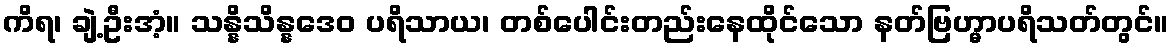
ကိရ၊ ချဲ့ဦးအံ့။ သန္နိသိန္နဒေဝ ပရိသာယ၊ တစ်ပေါင်းတည်းနေထိုင်သော နတ်ဗြဟ္မာပရိသတ်တွင်။